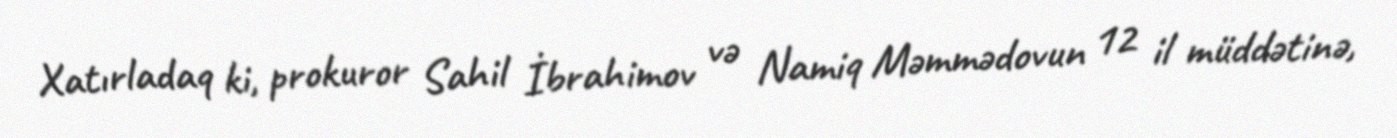
Xatırladaq ki, prokuror Sahil İbrahimov və Namiq Məmmədovun 12 il müddətinə,